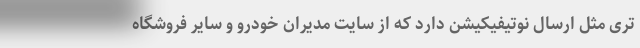
تری مثل ارسال نوتیفیکیشن دارد که از سایت مدیران خودرو و سایر فروشگاه